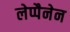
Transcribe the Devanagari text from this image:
लेप्पैनेन